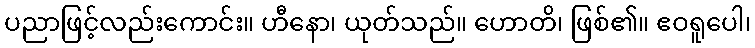
ပညာဖြင့်လည်းကောင်း။ ဟီနော၊ ယုတ်သည်။ ဟောတိ၊ ဖြစ်၏။ ဧဝရူပေါ၊